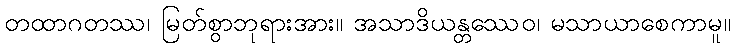
တထာဂတဿ၊ မြတ်စွာဘုရားအား။ အသာဒိယန္တဿေဝ၊ မသာယာစေကာမူ။